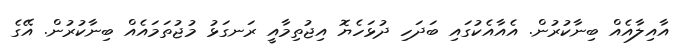
އާއިލާއެއް ބިނާކުރުން. އެއާއެކުގައި ބަދަހި ދުޅަހެޔޮ އިޖުތިމާއީ ރަނގަޅު މުޖުތަމައެއް ބިނާކުރުން. އޭގެ